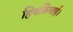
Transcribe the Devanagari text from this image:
हिचकिचाई।